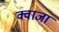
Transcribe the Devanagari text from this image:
क्वाजा